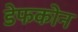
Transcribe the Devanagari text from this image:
डेफकोन